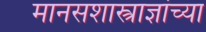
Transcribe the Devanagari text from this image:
मानसशास्त्राज्ञांच्या